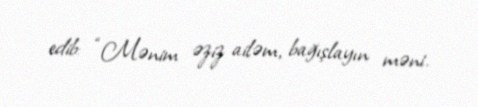
edib: “Mənim əziz ailəm, bağışlayın məni.